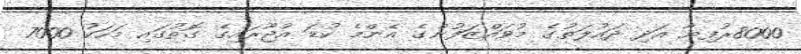
8000ރުފިޔާ އަދި ދައުލަތުގެ މުވައްޒަފުންގެ އެންމެ ކުޑަ އުޖޫރައިގެ ގޮތުގައި މަހަކު 7000